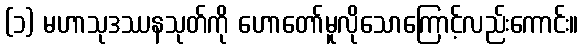
(၁) မဟာသုဒဿနသုတ်ကို ဟောတော်မူလိုသောကြောင့်လည်းကောင်း။